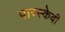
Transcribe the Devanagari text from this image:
पारस्केवी